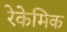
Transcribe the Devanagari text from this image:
रेकेमिक